Civil Veterinary Dept. Bombay admin report 1932-41 - 1932-1941
Year: 1932
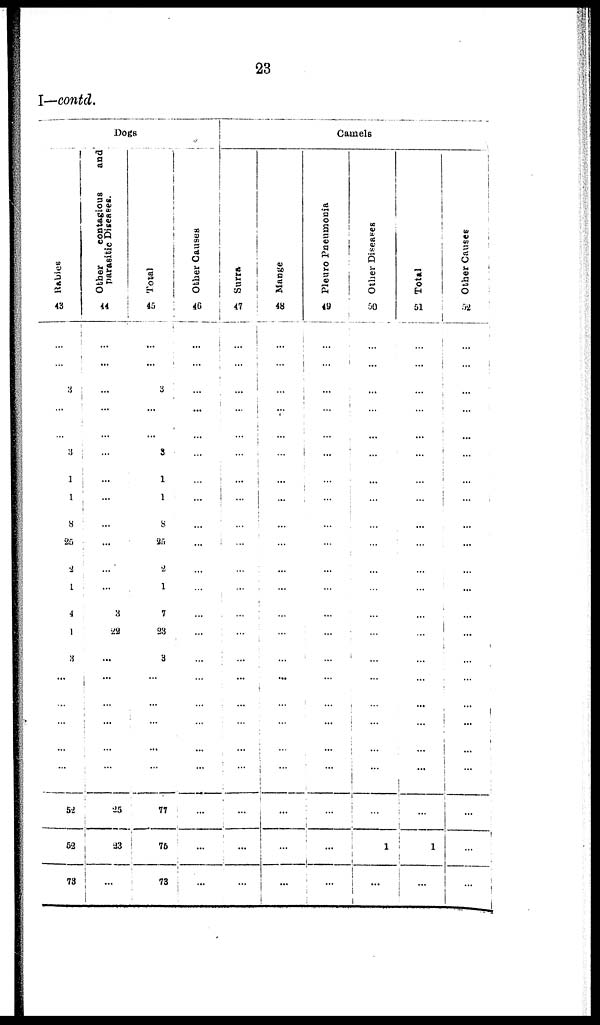
23
I—contd.
Dogs
Rabies
43
...
...
3
...
...
3
3
1
8
25
2
1
4
1
3
...
...
...
...
...
52
52
73
Other
contagious
and
parasitic Diseases.
44
...
...
...
...
...
...
...
...
...
...
...
...
3
22
...
...
...
...
...
...
25
23
...
Total
45
...
...
3
...
...
3
1
1
8
25
2
1
7
23
3
...
...
...
...
...
77
75
73
Other Causes
46
...
...
...
...
...
...
...
...
...
...
...
...
...
...
...
...
...
...
...
...
...
...
...
Camels
Surra
47
...
...
...
...
...
...
...
...
...
...
...
...
...
...
...
...
...
...
...
...
...
...
Mange
48
...
...
...
...
...
...
...
...
...
...
...
...
...
...
...
...
...
...
...
...
...
...
...
Pleuro Pneumonia
49
...
...
. ...
...
...
...
...
...
...
...
...
...
...
...
...
...
...
...
...
...
...
...
...
Other Diseases
50
...
...
...
...
...
...
...
...
...
...
...
...
...
...
...
...
...
...
...
...
...
1
...
Total
51
...
...
...
...
...
...
...
...
...
...
...
...
...
...
...
...
...
...
...
...
...
1
...
Other Causes
52
...
...
...
...
...
...
...
...
...
...
...
...
...
...
...
...
...
...
...
...
...
...
...